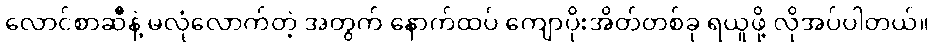
လောင်စာဆီနဲ့ မလုံလောက်တဲ့ အတွက် နောက်ထပ် ကျောပိုးအိတ်တစ်ခု ရယူဖို့ လိုအပ်ပါတယ်။